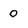
Character: 0